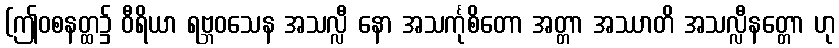
(ဤဝစနတ္ထ၌ ဝီရိယာ ရဗ္ဘဝသေန အသလ္လီ နော အသင်္ကုစိတော အတ္တာ အဿာတိ အသလ္လီနတ္တော ဟု